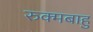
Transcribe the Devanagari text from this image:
रुक्मबाहु